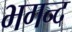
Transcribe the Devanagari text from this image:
भगन्द